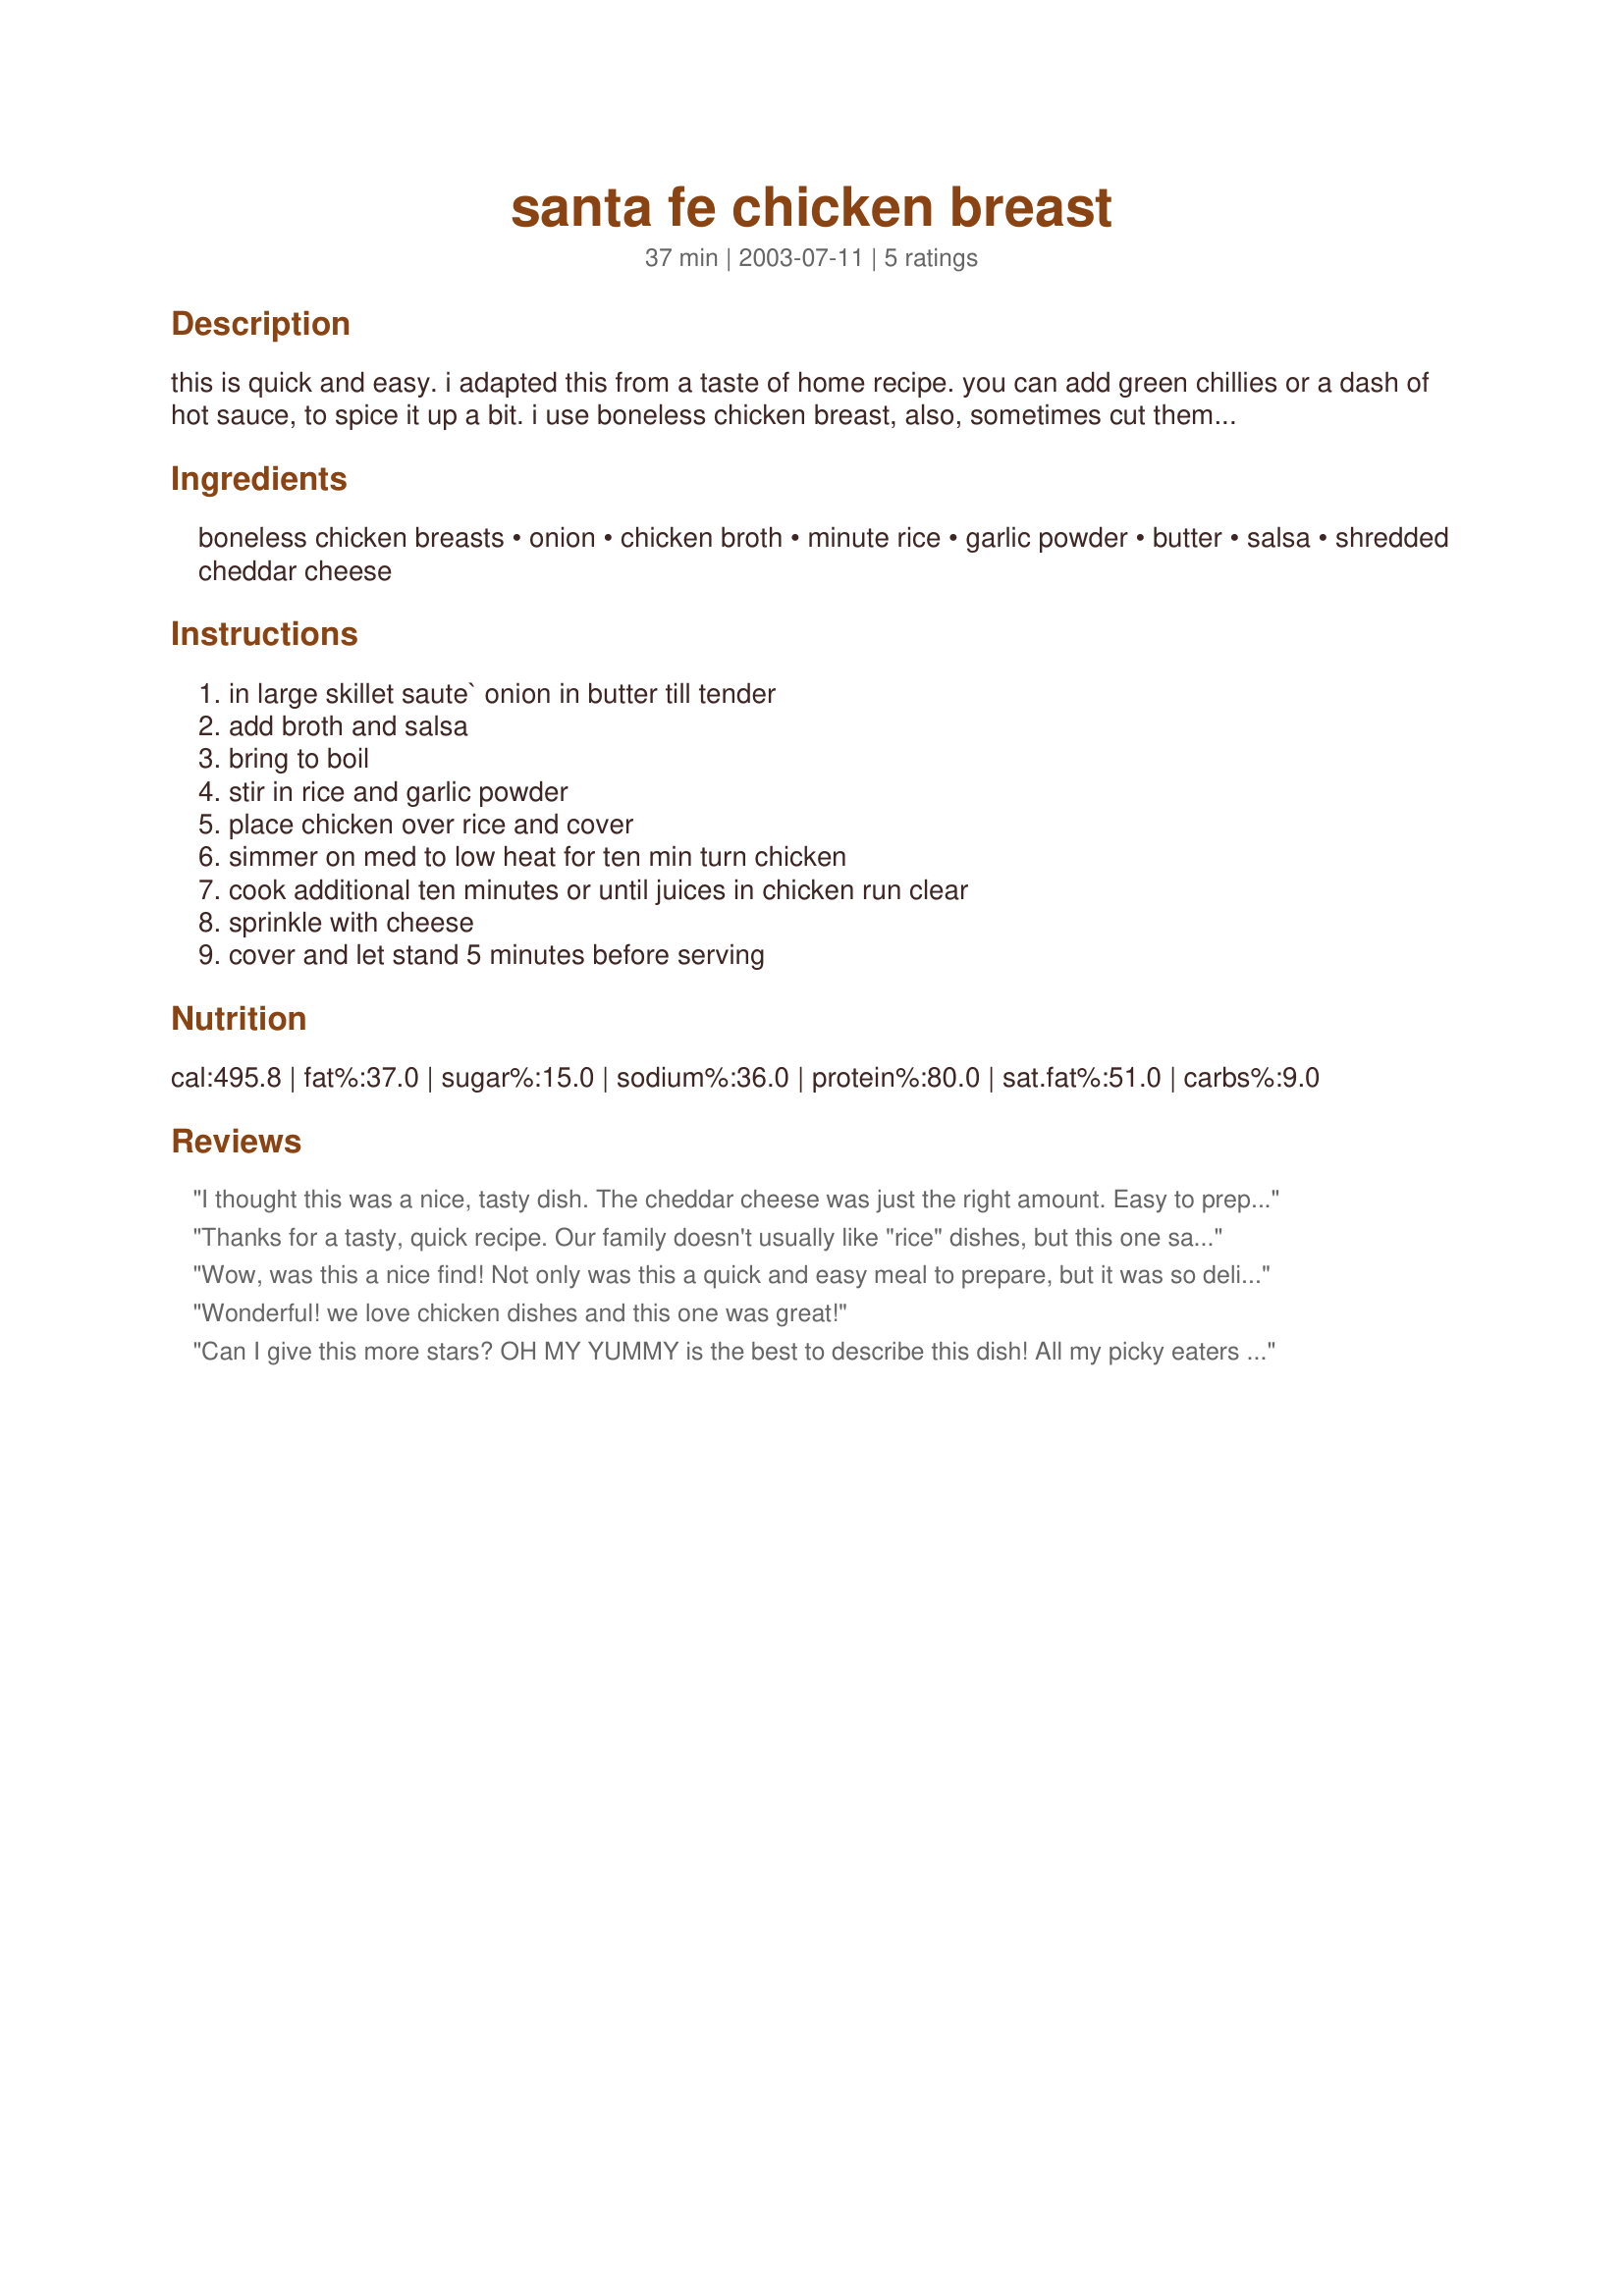
santa fe chicken breast
Preparation time: 37 minutes

this is quick and easy. i adapted this from a taste of home recipe. you can add green chillies or a dash of hot sauce, to spice it up a bit. i use boneless chicken breast, also, sometimes cut them into chicken strips yes you can cut back on the onion to your taste.

Ingredients:
boneless chicken breasts, onion, chicken broth, minute rice, garlic powder, butter, salsa, shredded cheddar cheese

Steps:
in large skillet saute` onion in butter till tender, add broth and salsa, bring to boil, stir in rice and garlic powder, place chicken over rice and cover, simmer on med to low heat for ten min turn chicken, cook additional ten minutes or until juices in chicken run clear, sprinkle with cheese, cover and let stand 5 minutes before serving

Reviews:
I thought this was a nice, tasty dish. The cheddar cheese was just the right amount. Easy to prepare and inexepensive. My only complaint was that 1 large onion was way too much. Next time, I will cut that by 75%. A great one skillet meal.
Thanks for a tasty, quick recipe. Our family doesn't usually like "rice" dishes, but this one satisfied even our most finicky eater. That says alot!
Wow, was this a nice find! Not only was this a quick and easy meal to prepare, but it was so delicious! Looking at another review, I scaled back to a medium onion. Although when sauted enough it shouldn't make a difference. The salsa made for a wonderful mexican tasting rice and the chicken was moist and tender. I had about a 1/2 cup of mexican cheese and followed it up with 1/4 of sharp cheddar. I think the cheddar and monteray would be the better combo for this. Enjoy!
Wonderful! we love chicken dishes and this one was great!
Can I give this more stars? OH MY YUMMY is the best to describe this dish! All my picky eaters inhaled their dinner without any begging!!! I made this on the stove in a skillet as the directions noted; however, right before adding the cheese, I took the chicken out, threw in a drained can of Fiesta Corn, stirred and replaced the chicken. Added Kraft Mexican Monteray Cheddar cheese and this was absolutely delicious!! Easy, quick and one skillet. Definitely will be a regular in our house.
